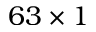
6 3 \times 1